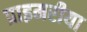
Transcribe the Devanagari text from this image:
प्राइमरीया